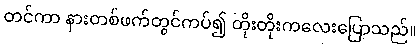
တင်ကာ နားတစ်ဖက်တွင်ကပ်၍ တိုးတိုးကလေးပြောသည်။